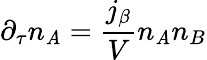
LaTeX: \partial_{\tau}n_{\mathit{A}}=\frac{{j_{\beta}}}{{V}}n_{\mathit{A}}n_{B}